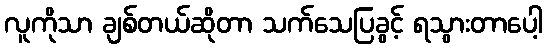
လူကိုသာ ချစ်တယ်ဆိုတာ သက်သေပြခွင့် ရသွားတာပေါ့